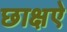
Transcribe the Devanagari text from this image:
छाक्षऐ